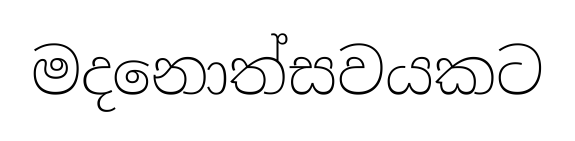
මදනොත්සවයකට